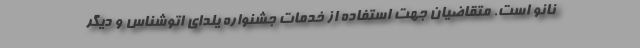
نانو است. متقاضیان جهت استفاده از خدمات جشنواره یلدای اتوشناس و دیگر